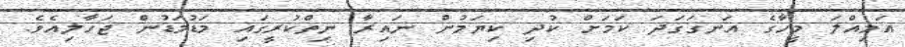
އަމިއްލަ މީހާގެ އަނގަގަދަ ކަމަށް ކުދި ކިޔަމުން ނައިރާ ނިތްކުރީގައި މަޑުމަޑުން ޖަހާލިއެވެ.